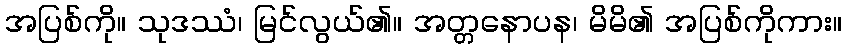
အပြစ်ကို။ သုဒဿံ၊ မြင်လွယ်၏။ အတ္တနောပန၊ မိမိ၏ အပြစ်ကိုကား။